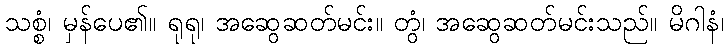
သစ္စံ၊ မှန်ပေ၏။ ရုရု၊ အဆွေဆတ်မင်း။ တွံ၊ အဆွေဆတ်မင်းသည်။ မိဂါနံ၊